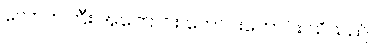
လောကကြီး အကြောင်း ကောင်းကောင်း သိသည်။